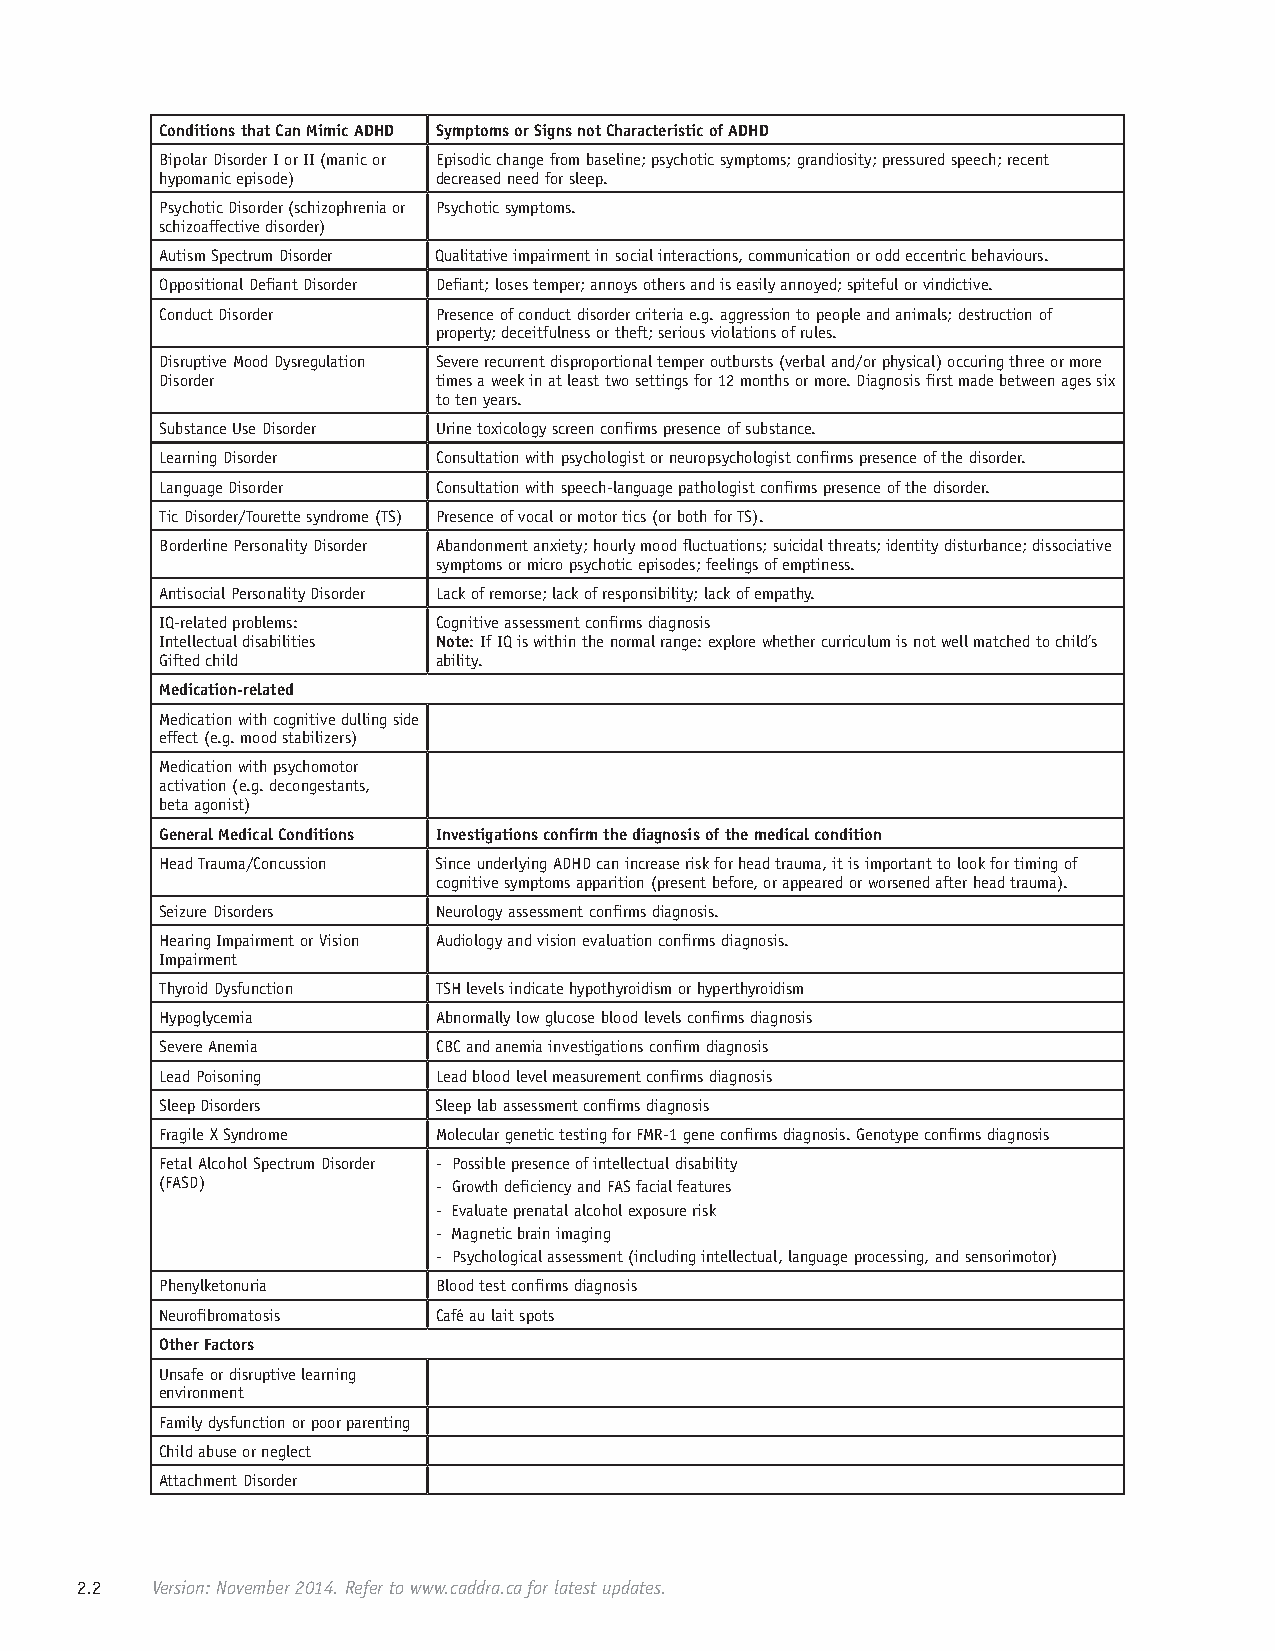
Conditions that Can Mimic ADHD Symptoms or Signs not Characteristic of ADHD
 Bipolar Disorder I or II (manic or Episodic change from baseline; psychotic symptoms; grandiosity; pressured speech; recent
 hypomanic episode) decreased need for sleep.
 Psychotic Disorder (schizophrenia or Psychotic symptoms.
 schizoaffective disorder)
 Autism Spectrum Disorder Qualitative impairment in social interactions, communication or odd eccentric behaviours.
 Oppositional Defiant Disorder Defiant; loses temper; annoys others and is easily annoyed; spiteful or vindictive.
 Conduct Disorder  Presence of conduct disorder criteria e.g. aggression to people and animals; destruction of
 property; deceitfulness or theft; serious violations of rules.
 Disruptive Mood Dysregulation Severe recurrent disproportional temper outbursts (verbal and/or physical) occuring three or more
 Disorder          times a week in at least two settings for 12 months or more. Diagnosis first made between ages six
 to ten years.
 Substance Use Disorder Urine toxicology screen confirms presence of substance.
 Learning Disorder Consultation with psychologist or neuropsychologist confirms presence of the disorder.
 Language Disorder Consultation with speech-language pathologist confirms presence of the disorder.
 Tic Disorder/Tourette syndrome (TS) Presence of vocal or motor tics (or both for TS).
 Borderline Personality Disorder Abandonment anxiety; hourly mood fluctuations; suicidal threats; identity disturbance; dissociative
 symptoms or micro psychotic episodes; feelings of emptiness.
 Antisocial Personality Disorder Lack of remorse; lack of responsibility; lack of empathy.
 IQ-related problems: Cognitive assessment confirms diagnosis
 Intellectual disabilities Note: If IQ is within the normal range: explore whether curriculum is not well matched to child’s
 Gifted child      ability.
 Medication-related
 Medication with cognitive dulling side
 effect (e.g. mood stabilizers)
 Medication with psychomotor
 activation (e.g. decongestants,
 beta agonist)
 General Medical Conditions Investigations confirm the diagnosis of the medical condition
 Head Trauma/Concussion Since underlying ADHD can increase risk for head trauma, it is important to look for timing of
 cognitive symptoms apparition (present before, or appeared or worsened after head trauma).
 Seizure Disorders Neurology assessment confirms diagnosis.
 Hearing Impairment or Vision Audiology and vision evaluation confirms diagnosis.
 Impairment
 Thyroid Dysfunction TSH levels indicate hypothyroidism or hyperthyroidism
 Hypoglycemia      Abnormally low glucose blood levels confirms diagnosis
 Severe Anemia     CBC and anemia investigations confirm diagnosis
 Lead Poisoning    Lead blood level measurement confirms diagnosis
 Sleep Disorders   Sleep lab assessment confirms diagnosis
 Fragile X Syndrome Molecular genetic testing for FMR-1 gene confirms diagnosis. Genotype confirms diagnosis
 Fetal Alcohol Spectrum Disorder - Possible presence of intellectual disability
 (FASD)            - Growth deficiency and FAS facial features
 - Evaluate prenatal alcohol exposure risk
 - Magnetic brain imaging
 - Psychological assessment (including intellectual, language processing, and sensorimotor)
 Phenylketonuria   Blood test confirms diagnosis
 Neurofibromatosis Café au lait spots
 Other Factors
 Unsafe or disruptive learning
 environment
 Family dysfunction or poor parenting
 Child abuse or neglect
 Attachment Disorder
 2.2  Version: November 2014. Refer to www.caddra.ca for latest updates.